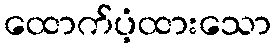
ထောက်ပံ့ထားသော